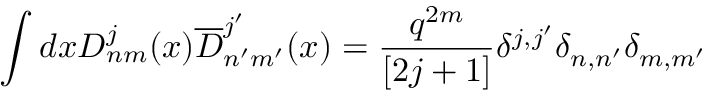
\int d x D _ { n m } ^ { j } ( x ) \overline { { { D } } } _ { n ^ { \prime } m ^ { \prime } } ^ { j ^ { \prime } } ( x ) = { \frac { q ^ { 2 m } } { [ 2 j + 1 ] } } \delta ^ { j , j ^ { \prime } } \delta _ { n , n ^ { \prime } } \delta _ { m , m ^ { \prime } }